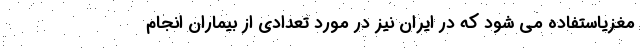
مغزیاستفاده می شود که در ایران نیز در مورد تعدادی از بیماران انجام